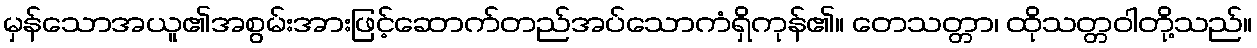
မှန်သောအယူ၏အစွမ်းအားဖြင့်ဆောက်တည်အပ်သောကံရှိကုန်၏။ တေသတ္တာ၊ ထိုသတ္တဝါတို့သည်။